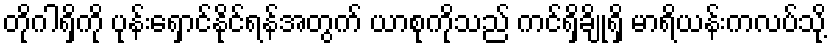
တိုဂါရှိကို ပုန်းရှောင်နိုင်ရန်အတွက် ယာစုကိုသည် ကင်ရှိချိုရှိ မာရိယန်းကလပ်သို့